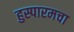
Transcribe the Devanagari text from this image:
हुस्पारमचा